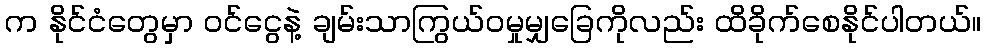
က နိုင်ငံတွေမှာ ၀င်ငွေနဲ့ ချမ်းသာကြွယ်ဝမှုမျှခြေကိုလည်း ထိခိုက်စေနိုင်ပါတယ်။